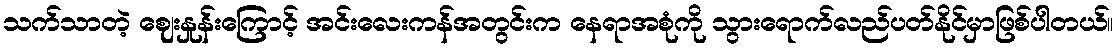
သက်သာတဲ့ ဈေးနှုန်းကြောင့် အင်းလေးကန်အတွင်းက နေရာအစုံကို သွားရောက်လည်ပတ်နိုင်မှာဖြစ်ပါတယ်။